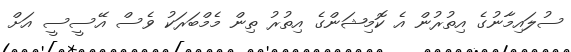
ސުލައިމާނުގެ އިތުރުން އެ ކޮމިޝަންގެ އިތުރު ތިން މެމްބަރަކު ވެސް އޭސީސީ އަށް